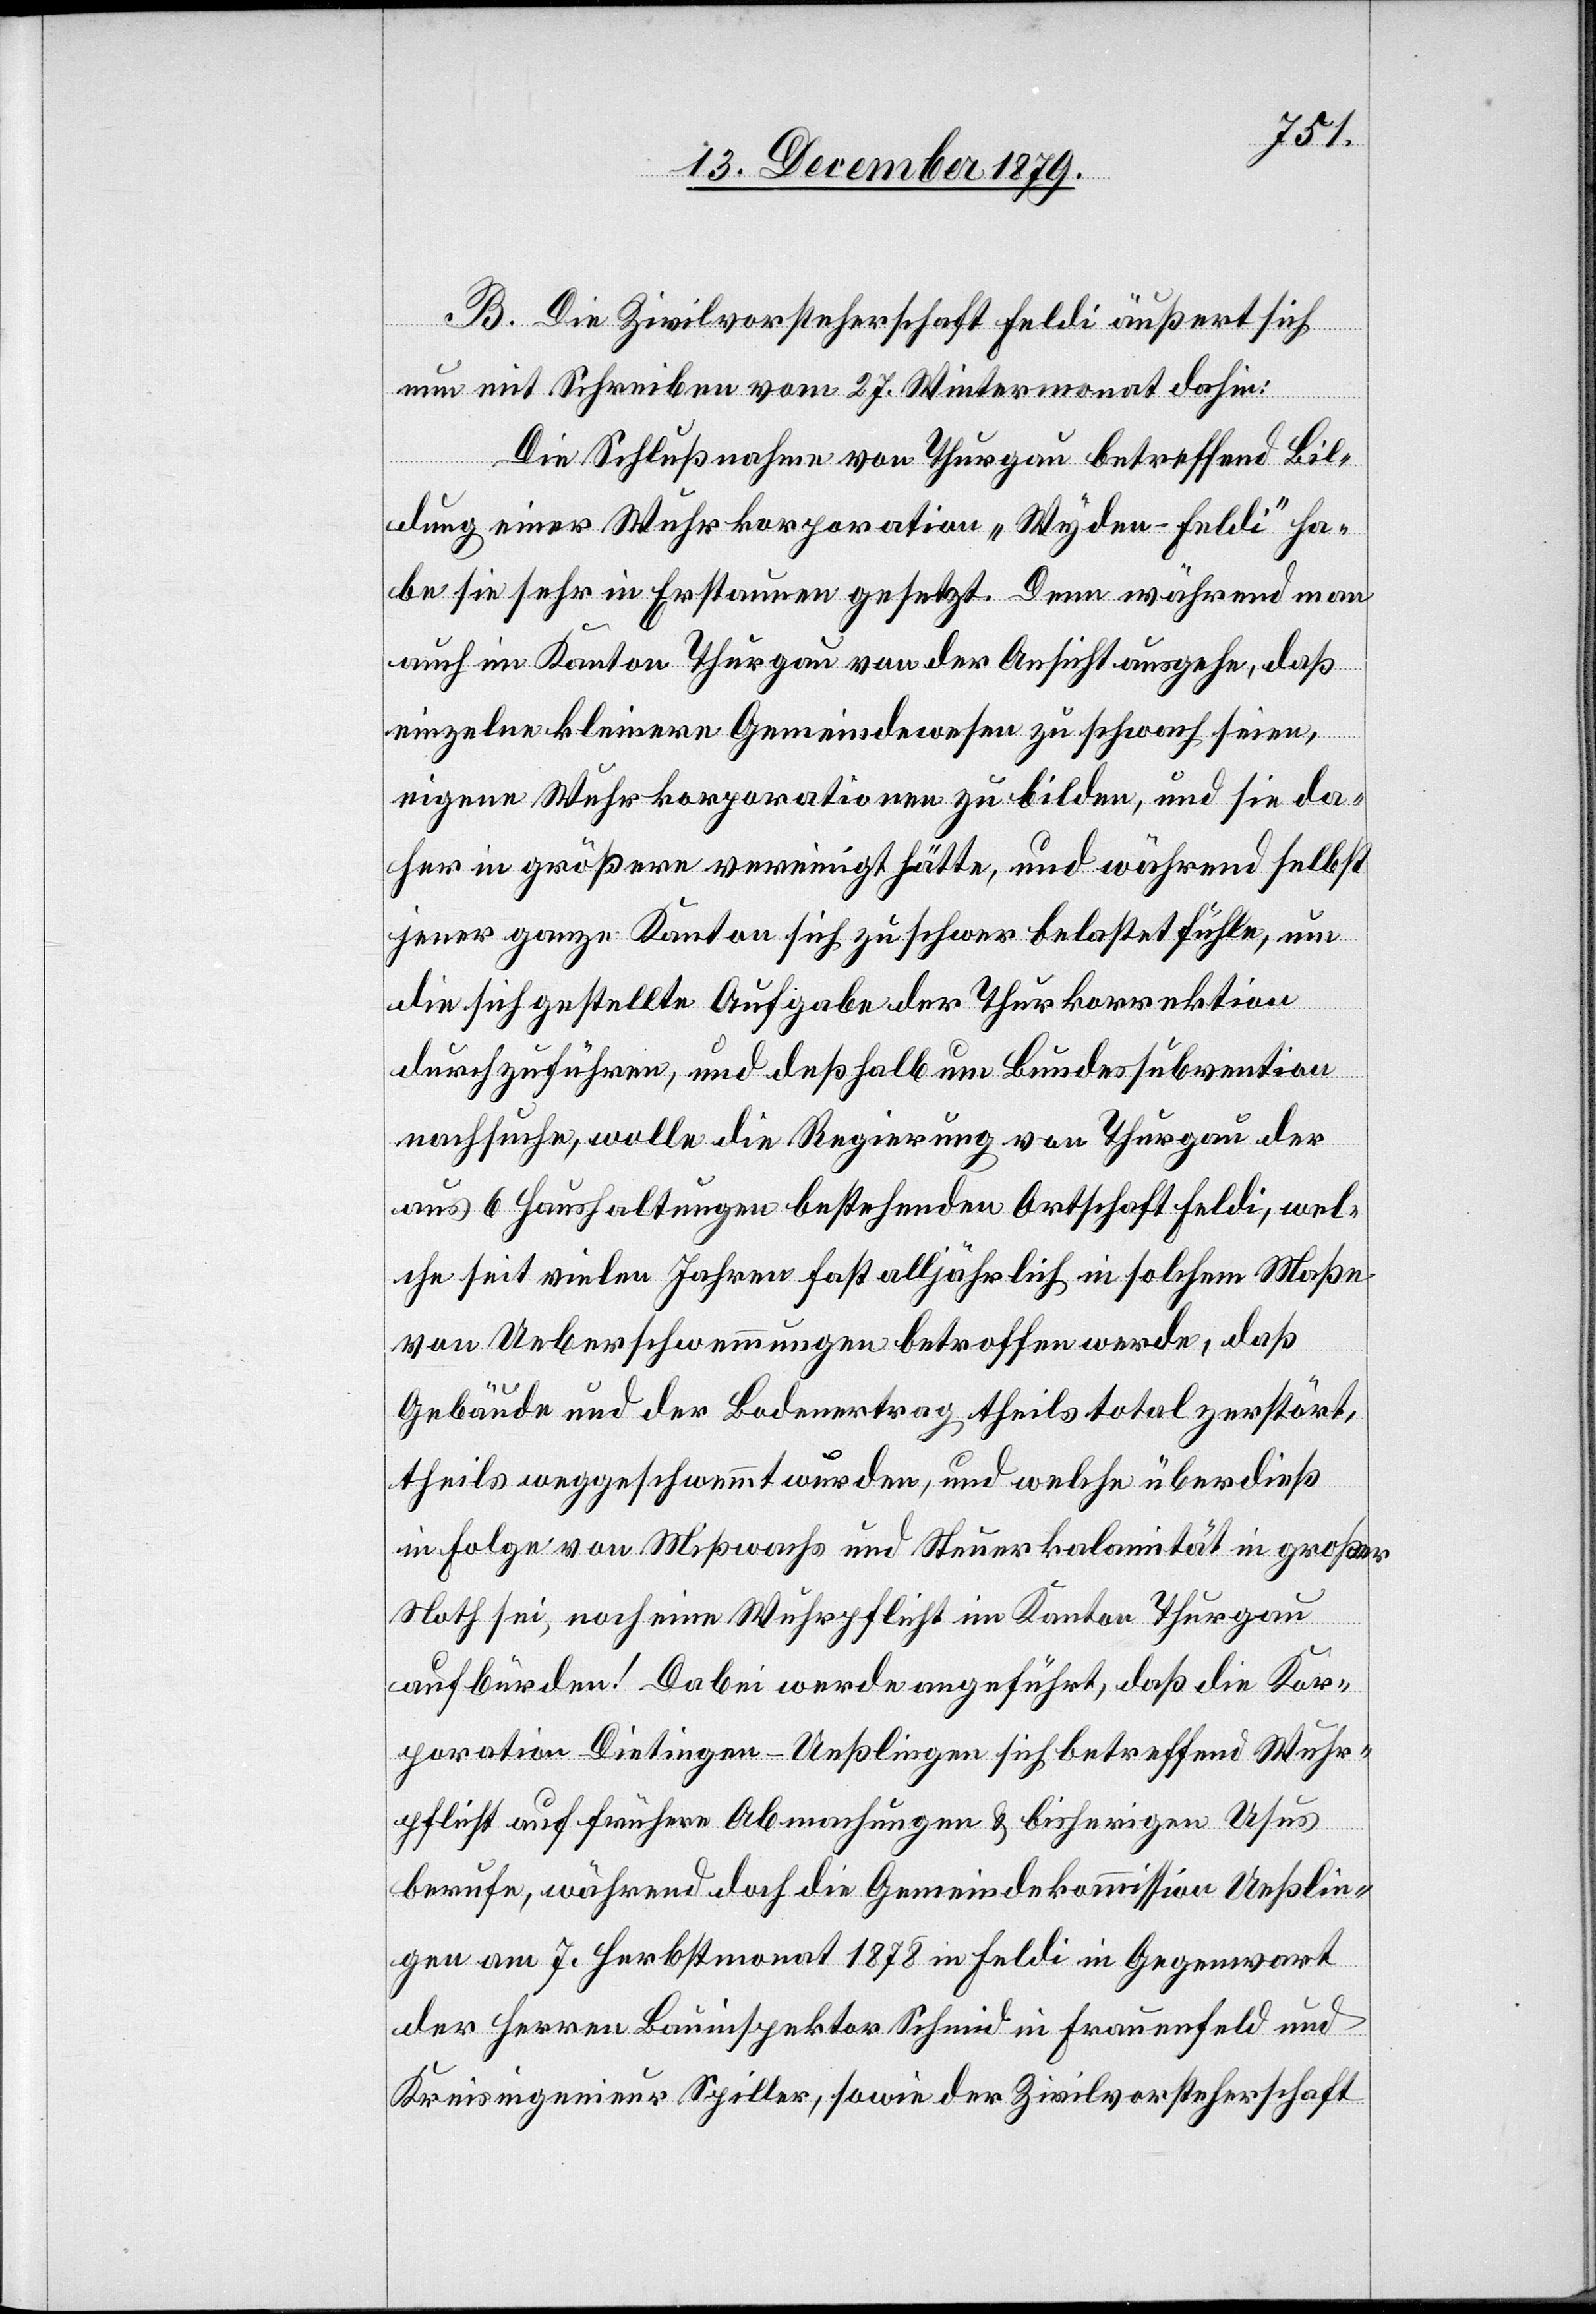
B. Die Zivilvorsteherschaft Feldi äußert sich
nun mit Schreiben vom 27. Wintermonat dahin:
Die Schlußnahme von Thurgau betreffend Bil¬
dung einer Wuhrkorporation „Wyden-Feldi“ ha¬
be sie sehr in Erstaunen gesetzt. Denn während man
auch im Kanton Thurgau von der Ansicht ausgehe, daß
einzelne kleinere Gemeindewesen zu schwach seien,
eigene Wuhrkorporationen zu bilden, und sie da¬
her in größere vereinigt hätte, und während selbst
jener ganze Kanton sich zu schwer belastet fühle, um
die sich gestellte Aufgabe der Thurkorrektion
durchzuführen, und deßhalb um Bundessubvention
nachsuche, wolle die Regierung von Thurgau der
aus 6 Haushaltungen bestehenden Ortschaft Feldi, wel¬
che seit vielen Jahren fast alljährlich in solchem Maße
von Ueberschwemmungen betroffen werde, daß
Gebäude und der Bodenertrag theils total zerstört,
theils weggeschwemmt wurden, und welche überdieß
in Folge von Mißwachs und Steuerkalamität in großer
Noth sei, noch eine Wuhrpflicht im Kanton Thurgau
aufbürden! Dabei werde angeführt, daß die Kor¬
poration Dietingen-Ueßlingen sich betreffend Wuhr¬
pflicht auf frühere Abmachungen & bisherigen Usus
berufe, während doch die Gemeindekommission Ueßlin¬
gen am 7. Herbstmonat 1878 in Feldi in Gegenwart
der Herren Bauinspektor Schmid in Frauenfeld und
Kreisingenieur Spiller, sowie der Zivilvorsteherschaft